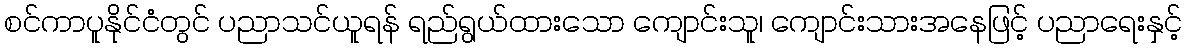
စင်ကာပူနိုင်ငံတွင် ပညာသင်ယူရန် ရည်ရွယ်ထားသော ကျောင်းသူ၊ ကျောင်းသားအနေဖြင့် ပညာရေးနှင့်